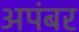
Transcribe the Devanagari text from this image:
अपंबर